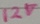
Text: 12V